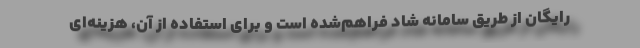
رایگان از طریق سامانه شاد فراهم‌شده است و برای استفاده از آن، هزینه‌ای